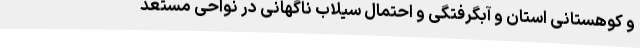
و کوهستانی استان و آبگرفتگی و احتمال سیلاب ناگهانی در نواحی مستعد